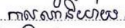
កាលណានិយាយ